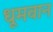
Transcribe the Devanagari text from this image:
धूमवान